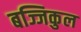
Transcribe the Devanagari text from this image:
बज्जिकुल